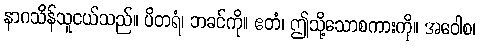
နာဂသိန်သူငယ်သည်။ ပိတရံ၊ ဘခင်ကို။ ဧတံ၊ ဤသို့သောစကားကို။ အဝေါစ၊